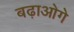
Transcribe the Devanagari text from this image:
बढ़ाओगे